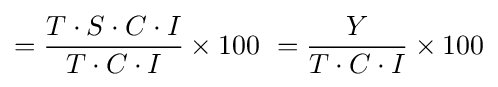
={\frac {T\cdot S\cdot C\cdot I}{T\cdot C\cdot I}}\times 100\ ={\frac {Y}{T\cdot C\cdot I}}\times 100